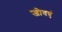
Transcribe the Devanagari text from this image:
जोवएं